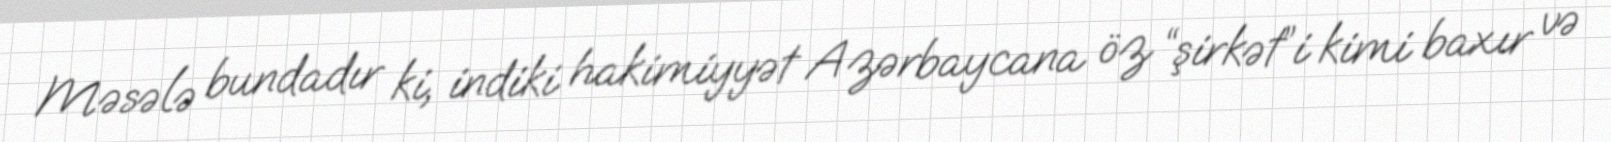
Məsələ bundadır ki, indiki hakimiyyət Azərbaycana öz “şirkət”i kimi baxır və